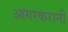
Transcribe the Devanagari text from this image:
आगरकरानी